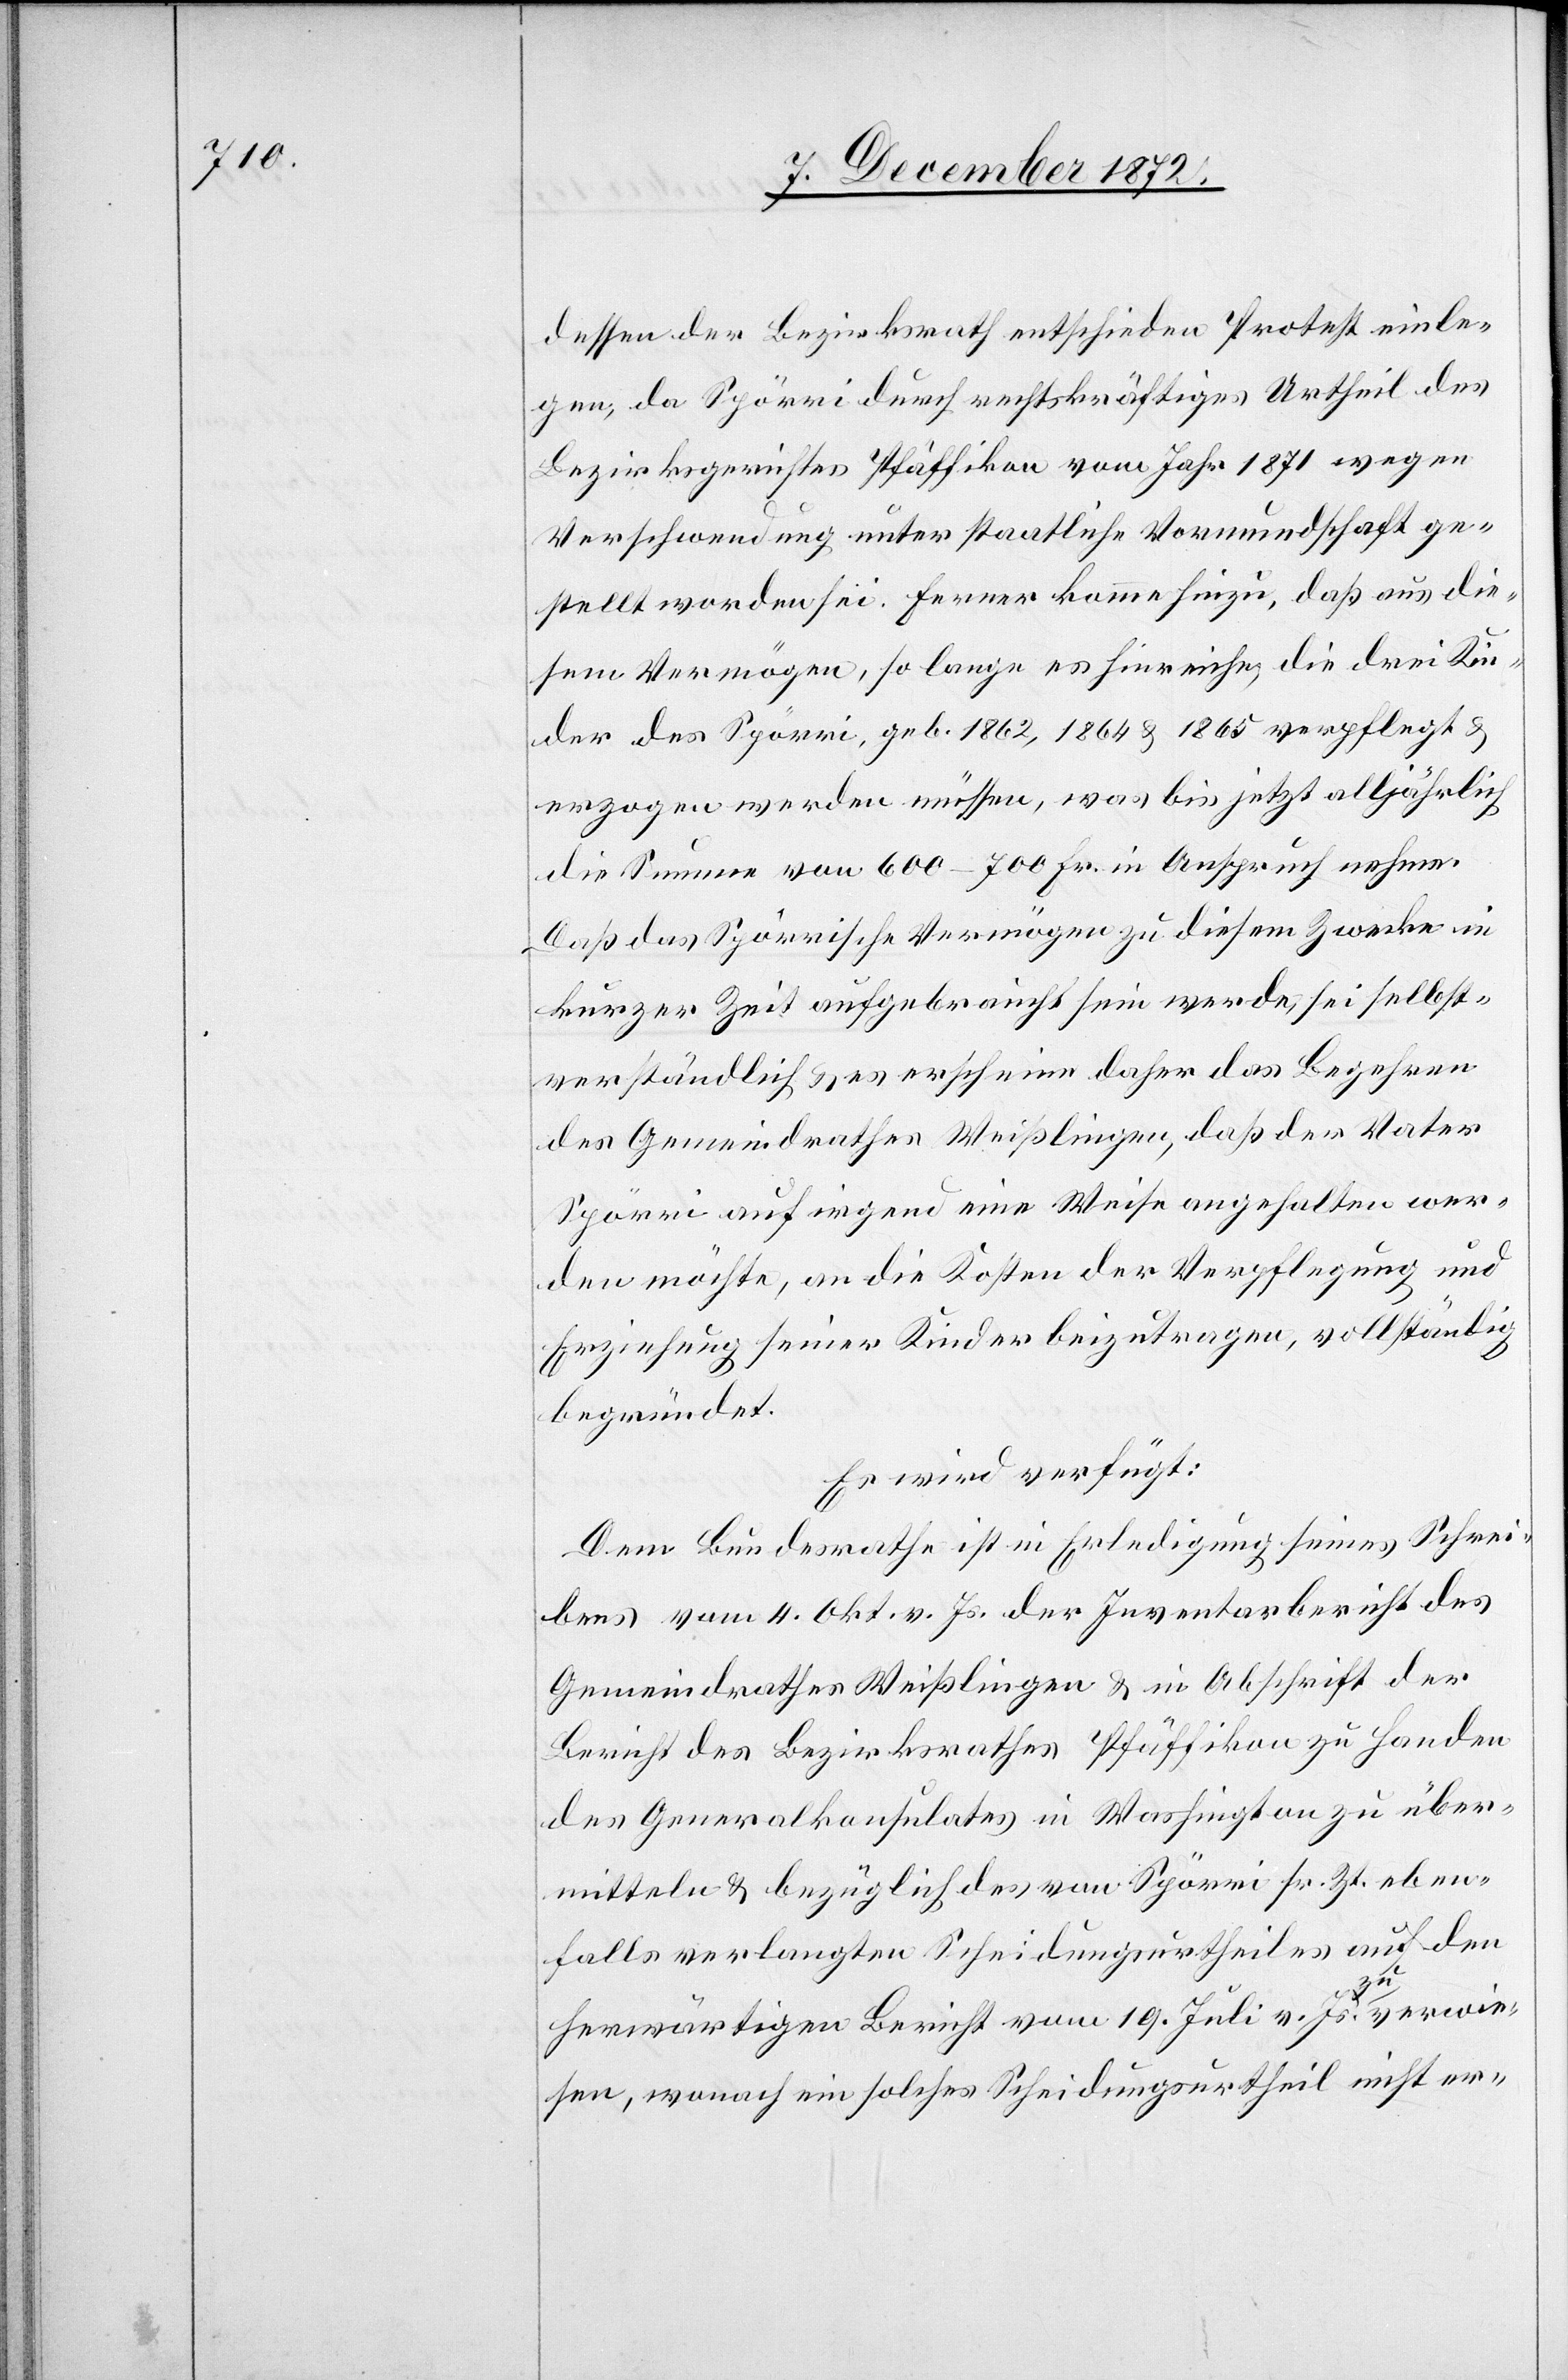
dessen der Bezirksrath entschieden Protest einle¬
gen, da Spörri durch rechtskräftiges Urtheil des
Bezirksgerichtes Pfäffikon vom Jahr 1871 wegen
Verschwendung unter staatliche Vormundschaft ge¬
stellt worden sei. Ferner komme hinzu, daß aus die¬
sem Vermögen, so lange es hinreiche, die drei Kin¬
der des Spörri, geb. 1862, 1864 & 1865 verpflegt &
erzogen werden müssen, was bis jetzt alljährlich
die Summe von 600–700 Fr. in Anspruch nehme.
Daß das Spörrische Vermögen zu diesem Zwecke in
kurzer Zeit aufgebraucht sein werde, sei selbst¬
verständlich & es erscheine daher das Begehren
des Gemeindrathes Weißlingen, daß der Vater
Spörri auf irgend eine Weise angehalten wer¬
den möchte, an die Kosten der Verpflegung und
Erziehung seiner Kinder beizutragen, vollständig
begründet.
Es wird verfügt:
Dem Bundesrathe ist in Erledigung seines Schrei¬
bens vom 4. Okt. v. Js. der Inventarbericht des
Gemeindrathes Weißlingen & in Abschrift der
Bericht des Bezirksrathes Pfäffikon zu Handen
des Generalkonsulates in Washington zu über¬
mitteln & bezüglich des von Spörri sr. Zt. eben¬
falls verlangten Scheidungsurtheiles auf den
herwärtigen Bericht vom 19. Juli v. Js. zu verwe¬
isen, wonach ein solches Scheidungsurtheil nicht er-